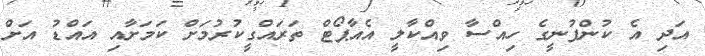
އަދި އެ ކުންފުނީގެ ހިއްސާ ވިއްކާލީ އެއާޕޯޓް ތަރައްގީކުރުމަށް ކަމަށާއި އައްޑު އަށް